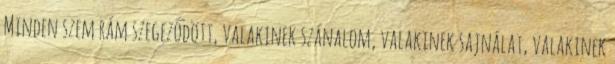
Minden szem rám szegeződött, valakinek szánalom, valakinek sajnálat, valakinek